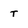
Character: t